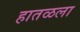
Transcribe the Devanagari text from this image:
हातळला